Indian journal of veterinary science and animal husbandry - Volume 9,
Year: 1939
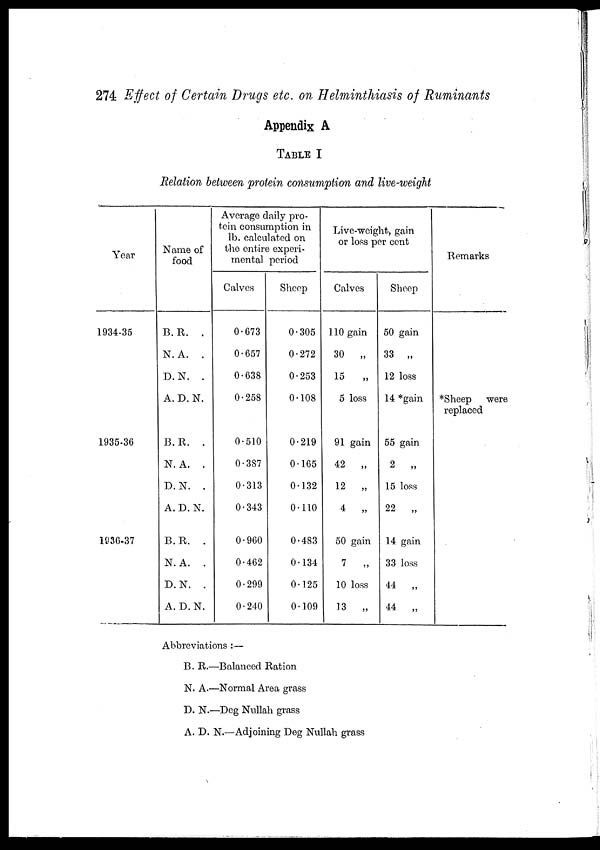
274 Effect of Certain Drugs etc. on Helminthiasis of Ruminants
Appendix A
TABLE I
Relation between protein consumption and live-weight
Year
1934-35
1935-36
1036-37
Name of
food
B. R. .
N. A. .
D. N. .
A. D. N.
B. R. .
N. A. .
D. N. .
A. D. N.
B. R. .
N. A. .
D. N. .
A. D. N.
Average daily pro-
tein consumption in
lb. calculated on
the entire experi-
mental period
Calves
0.673
0.657
0.638
0.258
0.510
0.387
0.313
0.343
0.960
0.462
0.299
0.240
Sheep
0.305
0.272
0.253
0.108
0.219
0.165
0.132
0.110
0.483
0.134
0.125
0.109
Live-weight, gain
or loss per cent
Calves
110 gain
30
„
15
„
5 loss
91 gain
42
„
12
„
4
„
50 gain
7
„
10 loss
13
„
Sheep
50 gain
33 „
12 loss
14 *gain
55 gain
2
„
15 loss
22
„
14 gain
33 loss
44
„
44
„
Remarks
*Sheep
were
replaced
Abbreviations :—
B. R.—Balanced Ration
N. A.—Normal Area grass
D. N.—Deg Nullah grass
A. D. N.—Adjoining Deg Nullah grass